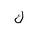
Letter: _kaf